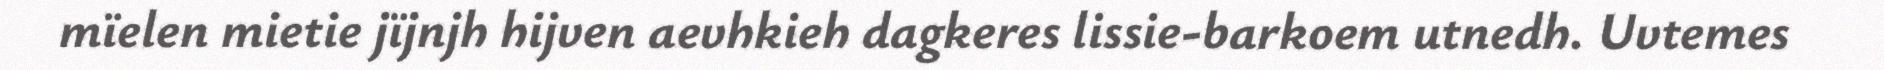
mïelen mietie jïjnjh hijven aevhkieh dagkeres lissie-barkoem utnedh. Uvtemes